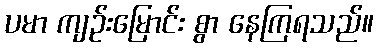
ပမာ ကျဉ်းမြောင်း စွာ နေကြရသည်။